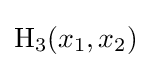
\operatorname {H_{3}} (x_{1},x_{2})